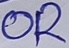
Text: OR